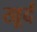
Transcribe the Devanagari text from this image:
खूर्द